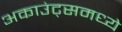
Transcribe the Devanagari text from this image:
अकाउंट्समध्ये